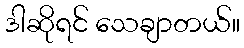
ဒါဆိုရင် သေချာတယ်။